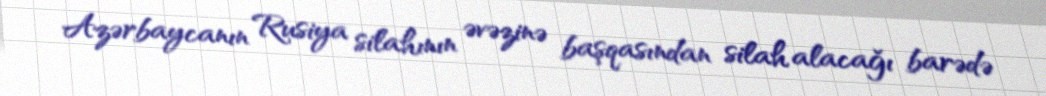
Azərbaycanın Rusiya silahının əvəzinə başqasından silah alacağı barədə